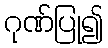
ဂုဏ်ပြု၍